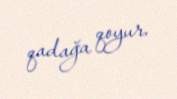
qadağa qoyur.